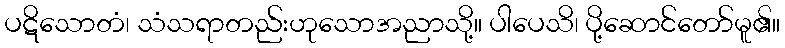
ပဋိသောတံ၊ သံသရာတည်းဟုသောအညာသို့။ ပါပေသိ၊ ပို့ဆောင်တော်မူ၏။